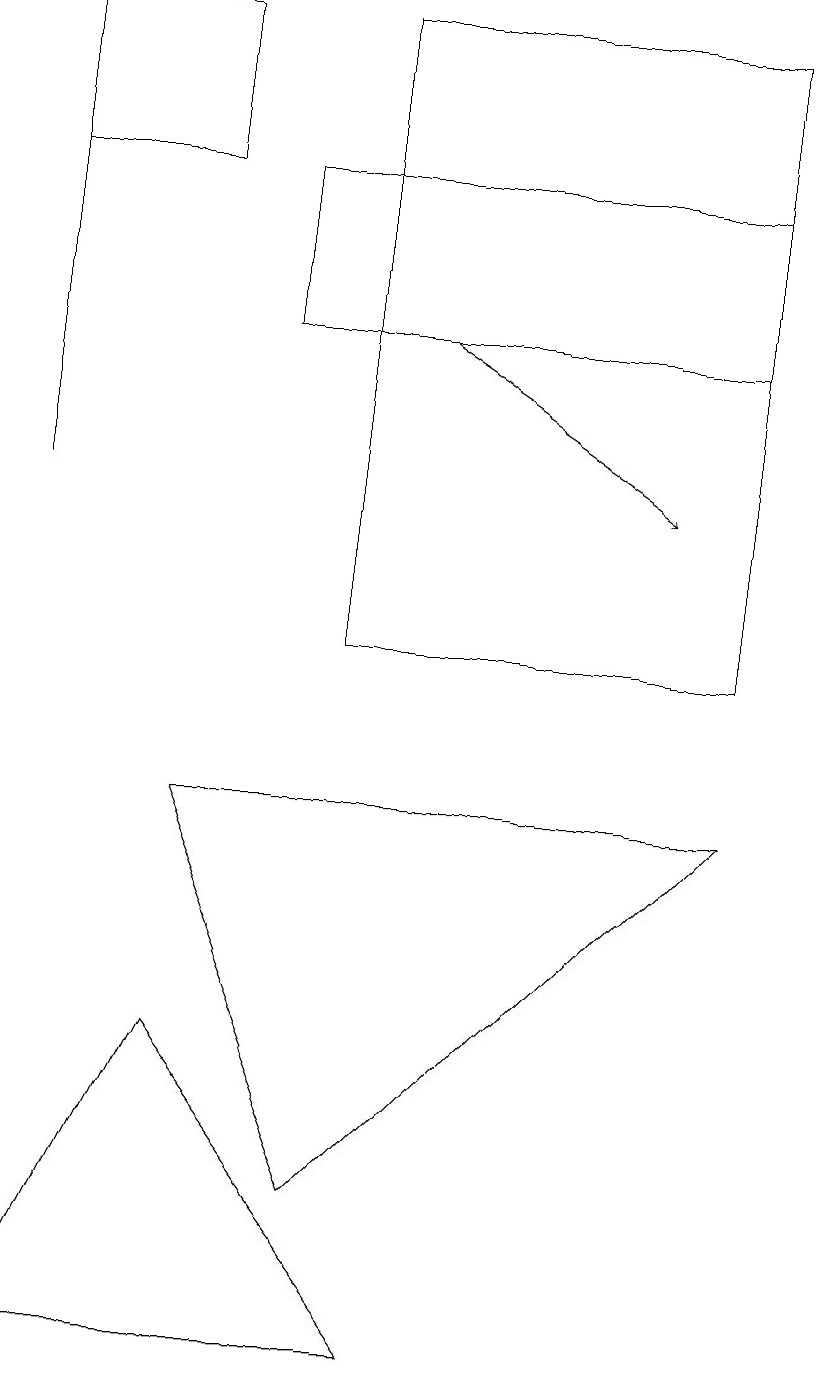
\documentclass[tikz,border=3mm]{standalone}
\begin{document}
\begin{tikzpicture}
\draw (5,2) -- (2,6) -- (0,2) -- cycle;
\draw[->] (5,15) -- (8,13);
\draw (2,17) rectangle (0,19);
\draw (9,15) rectangle (3,17);
\draw (0,17) rectangle (0,13);
\draw (9,9) -- (2,9) -- (4,4) -- cycle;
\draw (4,11) rectangle (9,19);
\draw (10,11) circle (0);
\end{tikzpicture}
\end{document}